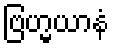
ဗြဟ္မယာနံ